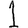
Digit: 1